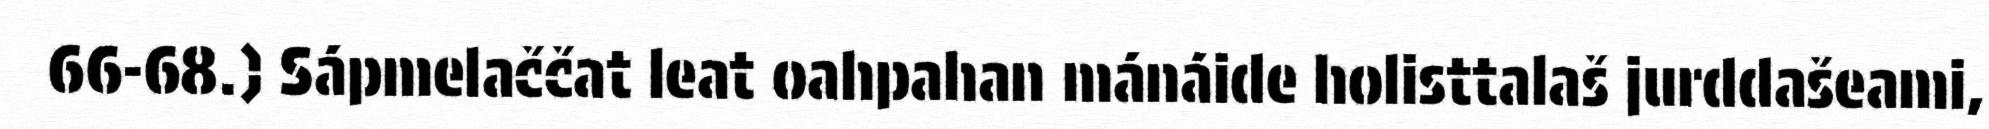
66-68.) Sápmelaččat leat oahpahan mánáide holisttalaš jurddašeami,